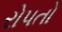
રોપતો